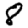
Digit: 8